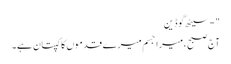
" - سیٹھ گوڈین
آج صبح ، میرا جسم میرے قدموں کا کپتان ہے۔